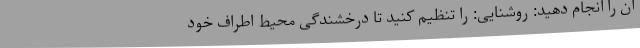
آن را انجام دهید: روشنایی: را تنظیم کنید تا درخشندگی محیط اطراف خود